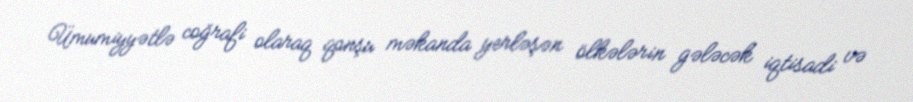
Ümumiyyətlə coğrafi olaraq qonşu məkanda yerləşən ölkələrin gələcək iqtisadi və